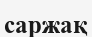
саржақ